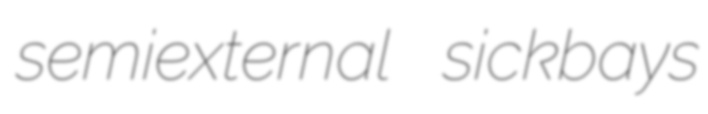
semiexternal sickbays